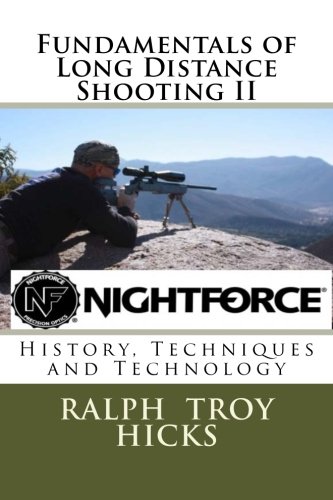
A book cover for Fundamentals of Long Distance Shooting II: History, Techniques and Technology; Ralph Troy Hicks; Sports & Outdoors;